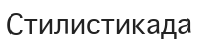
Стилистикада